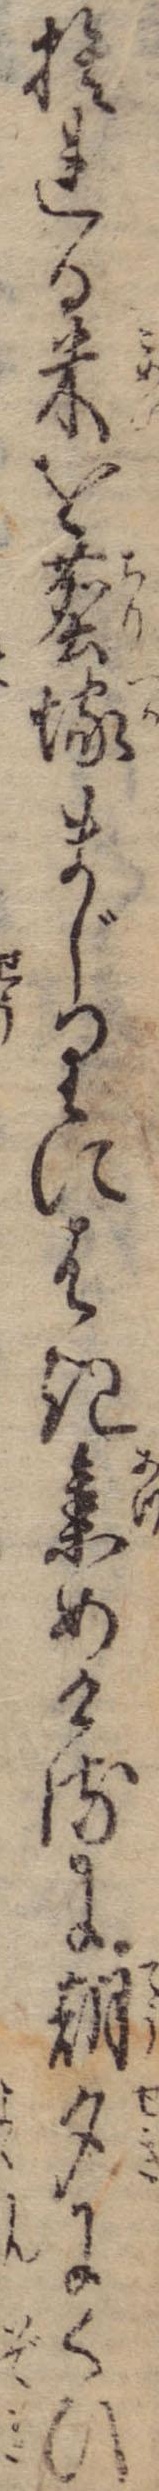
捨れる米を塵塚まじりにはき集めけるに朝夕にくひ